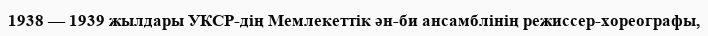
1938 — 1939 жылдары УКСР-дің Мемлекеттік ән-би ансамблінің режиссер-хореографы,